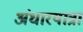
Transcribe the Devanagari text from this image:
अंधारयात्रा